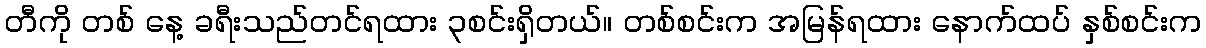
တီကို တစ် နေ့ ခရီးသည်တင်ရထား ၃စင်းရှိတယ်။ တစ်စင်းက အမြန်ရထား နောက်ထပ် နှစ်စင်းက